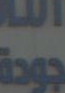
جودة